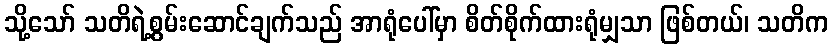
သို့သော် သတိရဲ့စွမ်းဆောင်ချက်သည် အာရုံပေါ်မှာ စိတ်စိုက်ထားရုံမျှသာ ဖြစ်တယ်၊ သတိက